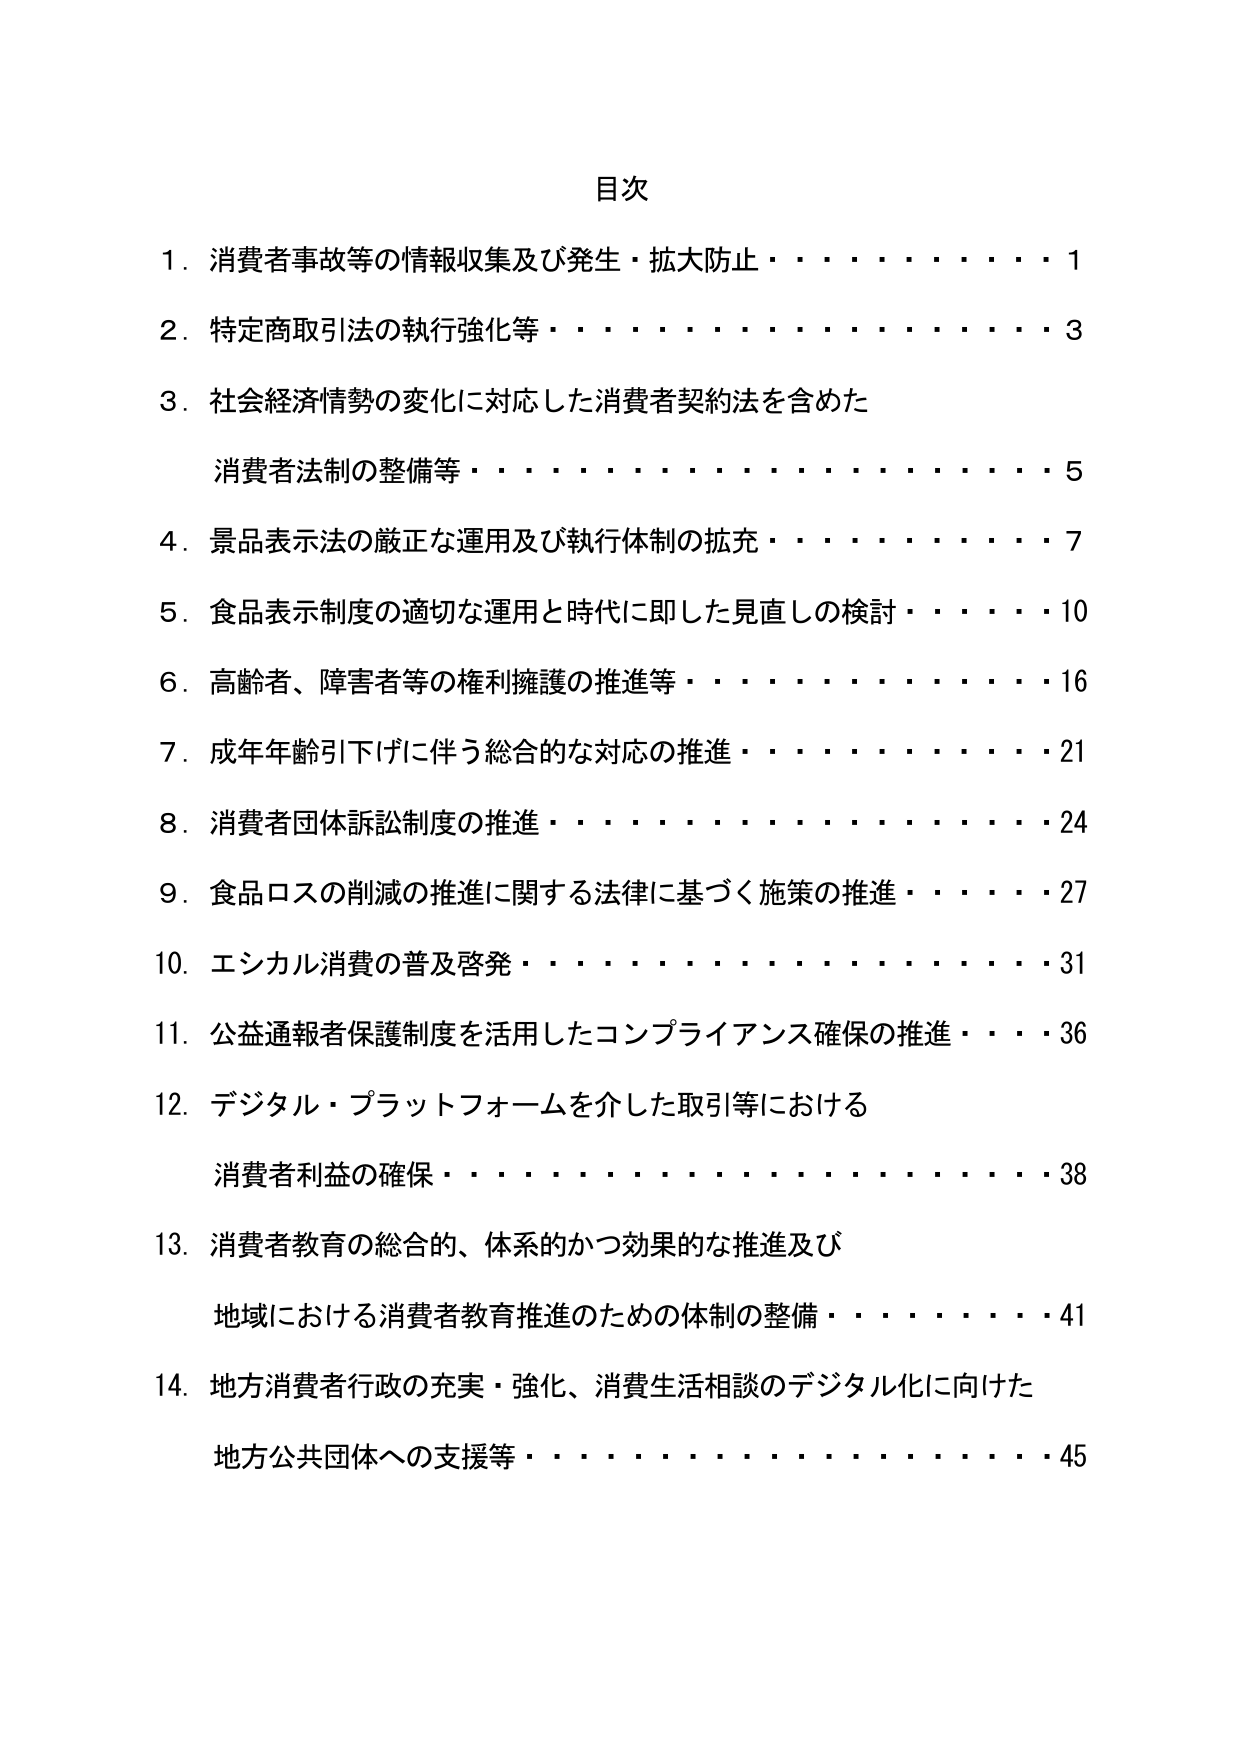
目次

1. 消費者事故等の情報収集及び発生・拡大防止・・・・・・・・・・1

2. 特定商取引法の執行強化等・・・・・・・・・・・・・・・・・・3

3. 社会経済情勢の変化に対応した消費者契約法を含めた
　消費者法制の整備等・・・・・・・・・・・・・・・・・・・・5

4. 景品表示法の厳正な運用及び執行体制の拡充・・・・・・・・・・7

5. 食品表示制度の適切な運用と時代に即した見直しの検討・・・・10

6. 高齢者、障害者等の権利擁護の推進等・・・・・・・・・・・・・16

7. 成年年齢引下げに伴う総合的な対応の推進・・・・・・・・・・21

8. 消費者団体訴訟制度の推進・・・・・・・・・・・・・・・・・・24

9. 食品ロスの削減の推進に関する法律に基づく施策の推進・・・・27

10. エシカル消費の普及啓発・・・・・・・・・・・・・・・・・・・31

11. 公益通報者保護制度を活用したコンプライアンス確保の推進・・・36

12. デジタル・プラットフォームを介した取引等における
　消費者利益の確保・・・・・・・・・・・・・・・・・・・・・・38

13. 消費者教育の総合的、体系的かつ効果的な推進及び
　地域における消費者教育推進のための体制の整備・・・・・・・・41

14. 地方消費者行政の充実・強化、消費生活相談のデジタル化に向けた
　地方公共団体への支援等・・・・・・・・・・・・・・・・・・・45